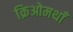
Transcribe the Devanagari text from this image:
क्रिओमथाँ